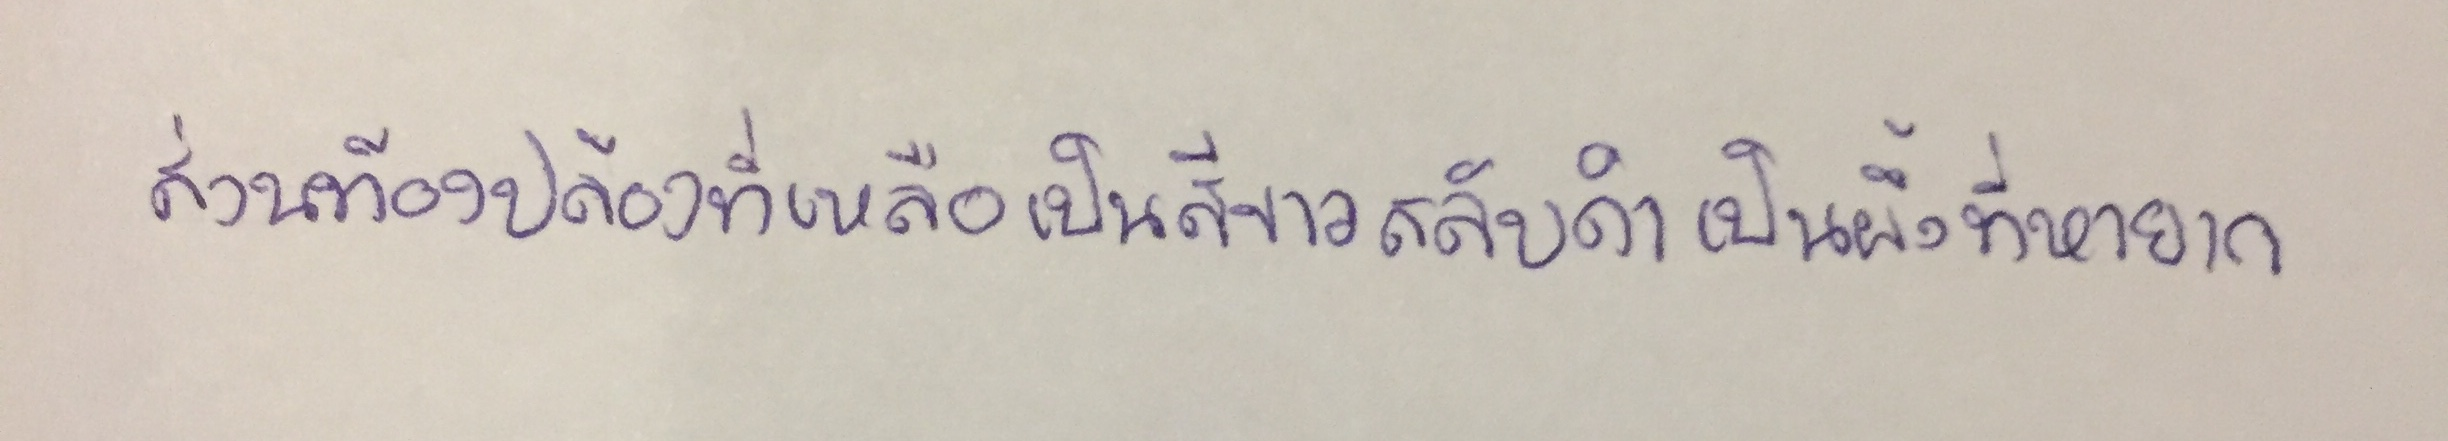
ส่วนท้องปล้องที่เหลือเป็นสีขาวสลับดำเป็นผึ้งที่หายาก